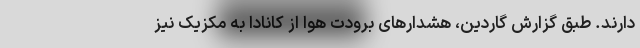
دارند. طبق گزارش گاردین، هشدارهای برودت هوا از کانادا به مکزیک نیز